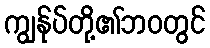
ကျွန်ုပ်တို့၏ဘဝတွင်